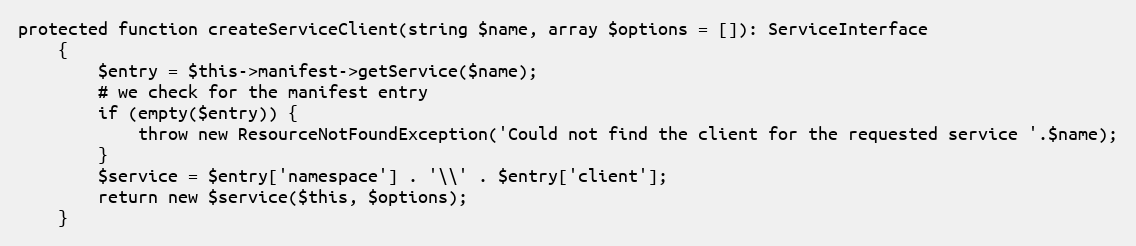
Language: PHP
protected function createServiceClient(string $name, array $options = []): ServiceInterface
    {
        $entry = $this->manifest->getService($name);
        # we check for the manifest entry
        if (empty($entry)) {
            throw new ResourceNotFoundException('Could not find the client for the requested service '.$name);
        }
        $service = $entry['namespace'] . '\\' . $entry['client'];
        return new $service($this, $options);
    }